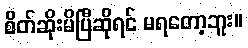
စိတ်ဆိုးမိပြီဆိုရင် မရတော့ဘူး။